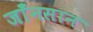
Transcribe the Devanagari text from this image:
जाँनसान